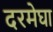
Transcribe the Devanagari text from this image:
दरमेघा